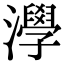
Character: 㶅